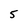
Character: 5